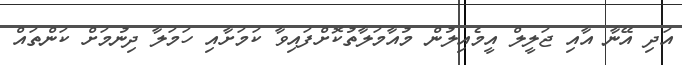
އަދި އޭނާ އާއި ޖަލީލް އީމެއިލުން މުއާމަލާތުކޮށްފައިވާ ކަމަށާއި ހަމަލާ ދިނުމަށް ކަންތައް